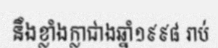
នឹងខ្លាំងក្លាជាងឆ្នាំ១៩៩៨ រាប់